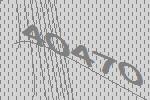
40470